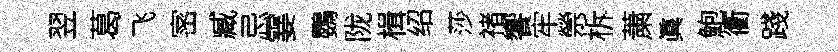
翌葛飞宻臧忌霎鸚陇楫绍莎禇饗牢禜柝䔥眞鮑衢踐